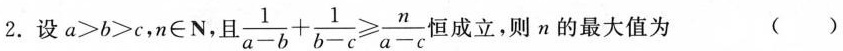
2.设a>b>c，n\epsilon N，且 \frac{1}{a-b}+ \frac{1}{b-c}\geq \frac{n}{a-c} 旦成立，则n的最大值为 ( )